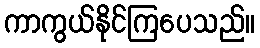
ကာကွယ်နိုင်ကြပေသည်။